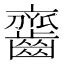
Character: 𪙔